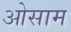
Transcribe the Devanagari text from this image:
ओसाम